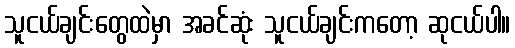
သူငယ်ချင်းတွေထဲမှာ အခင်ဆုံး သူငယ်ချင်းကတော့ ဆုငယ်ပါ။